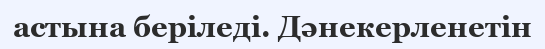
астына беріледі. Дәнекерленетін